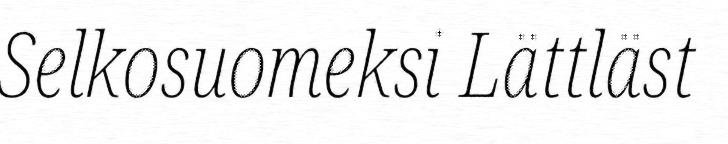
Selkosuomeksi Lättläst